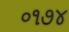
૦૧૭૪